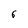
Character: 6